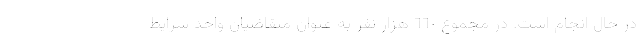
در حال انجام است. در مجموع ٦٦٠ هزار نفر به عنوان متقاضیان واحد شرایط